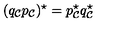
( q _ { \cal C } p _ { \cal C } ) ^ { \star } = p _ { \cal C } ^ { \star } q _ { \cal C } ^ { \star }